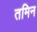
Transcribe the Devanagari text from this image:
तमिन